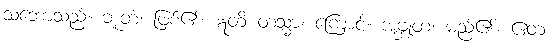
သဘောသည်။ ဘူတံ၊ ဖြစ်၏။ ဣတိ တသ္မာ၊ ကြောင့်။ အဗ္ဘုတံ၊ မည်၏။ ဧတံ